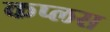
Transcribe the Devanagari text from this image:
कप्लस